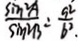
\frac { \sin ^ { 2 } A } { \sin ^ { 2 } B } = \frac { 9 ^ { 2 } } { b ^ { 2 } }